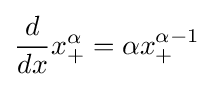
{\frac {d}{dx}}x_{+}^{\alpha }=\alpha x_{+}^{\alpha -1}